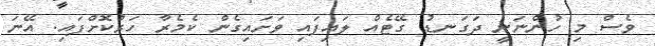
ވެސް މި ހުންނަނީ ދަގަނޑު ގޭޓެއް ލައިފައި ވަށައިގެން ކެމެރާ ހަރުކޮށްފައި. އޭނަ